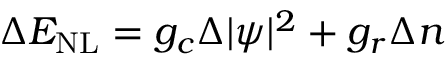
\Delta E _ { \mathrm { N L } } = g _ { c } \Delta | \psi | ^ { 2 } + g _ { r } \Delta n